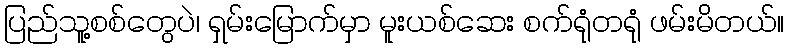
ပြည်သူ့စစ်တွေပဲ၊ ရှမ်းမြောက်မှာ မူးယစ်ဆေး စက်ရုံတရုံ ဖမ်းမိတယ်။